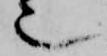
也